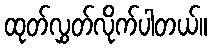
ထုတ်လွှတ်လိုက်ပါတယ်။